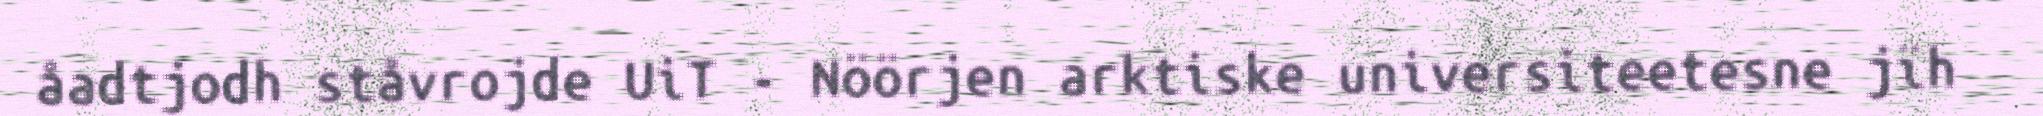
åadtjodh ståvrojde UiT - Nöörjen arktiske universiteetesne jïh